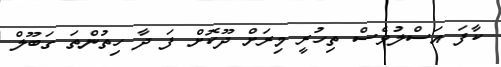
ކާފަ އަސްލުވެސް ތިހުރީ މިރަށް ދޫކޮށް ފަ ދާ ހިތުންތަ ގަބޫލް